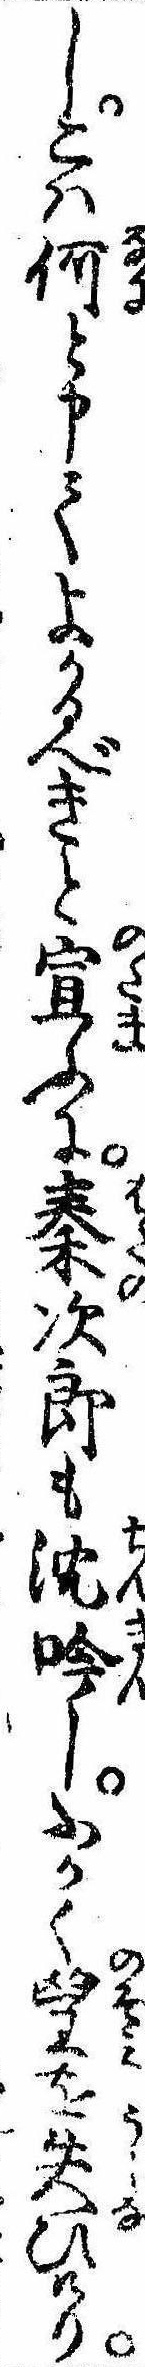
しこは何と申てよかるべきと宣ふに秦次郎も沈吟しふかく望を失ひけり